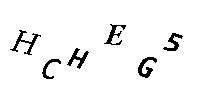
HCHEG5